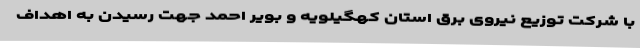
با شرکت توزیع نیروی برق استان کهگیلویه و بویر احمد جهت رسیدن به اهداف